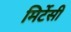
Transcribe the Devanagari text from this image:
मिर्टेसी